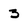
Character: 3